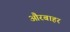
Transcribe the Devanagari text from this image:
औरबाहर